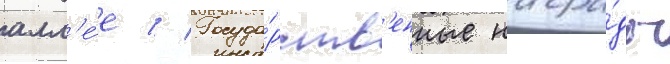
алл'е́е // Госуда́рств'енные награ́ды